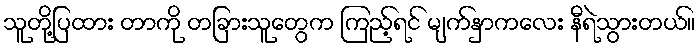
သူတို့ပြထား တာကို တခြားသူတွေက ကြည့်ရင် မျက်နှာကလေး နီရဲသွားတယ်။